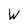
Character: W